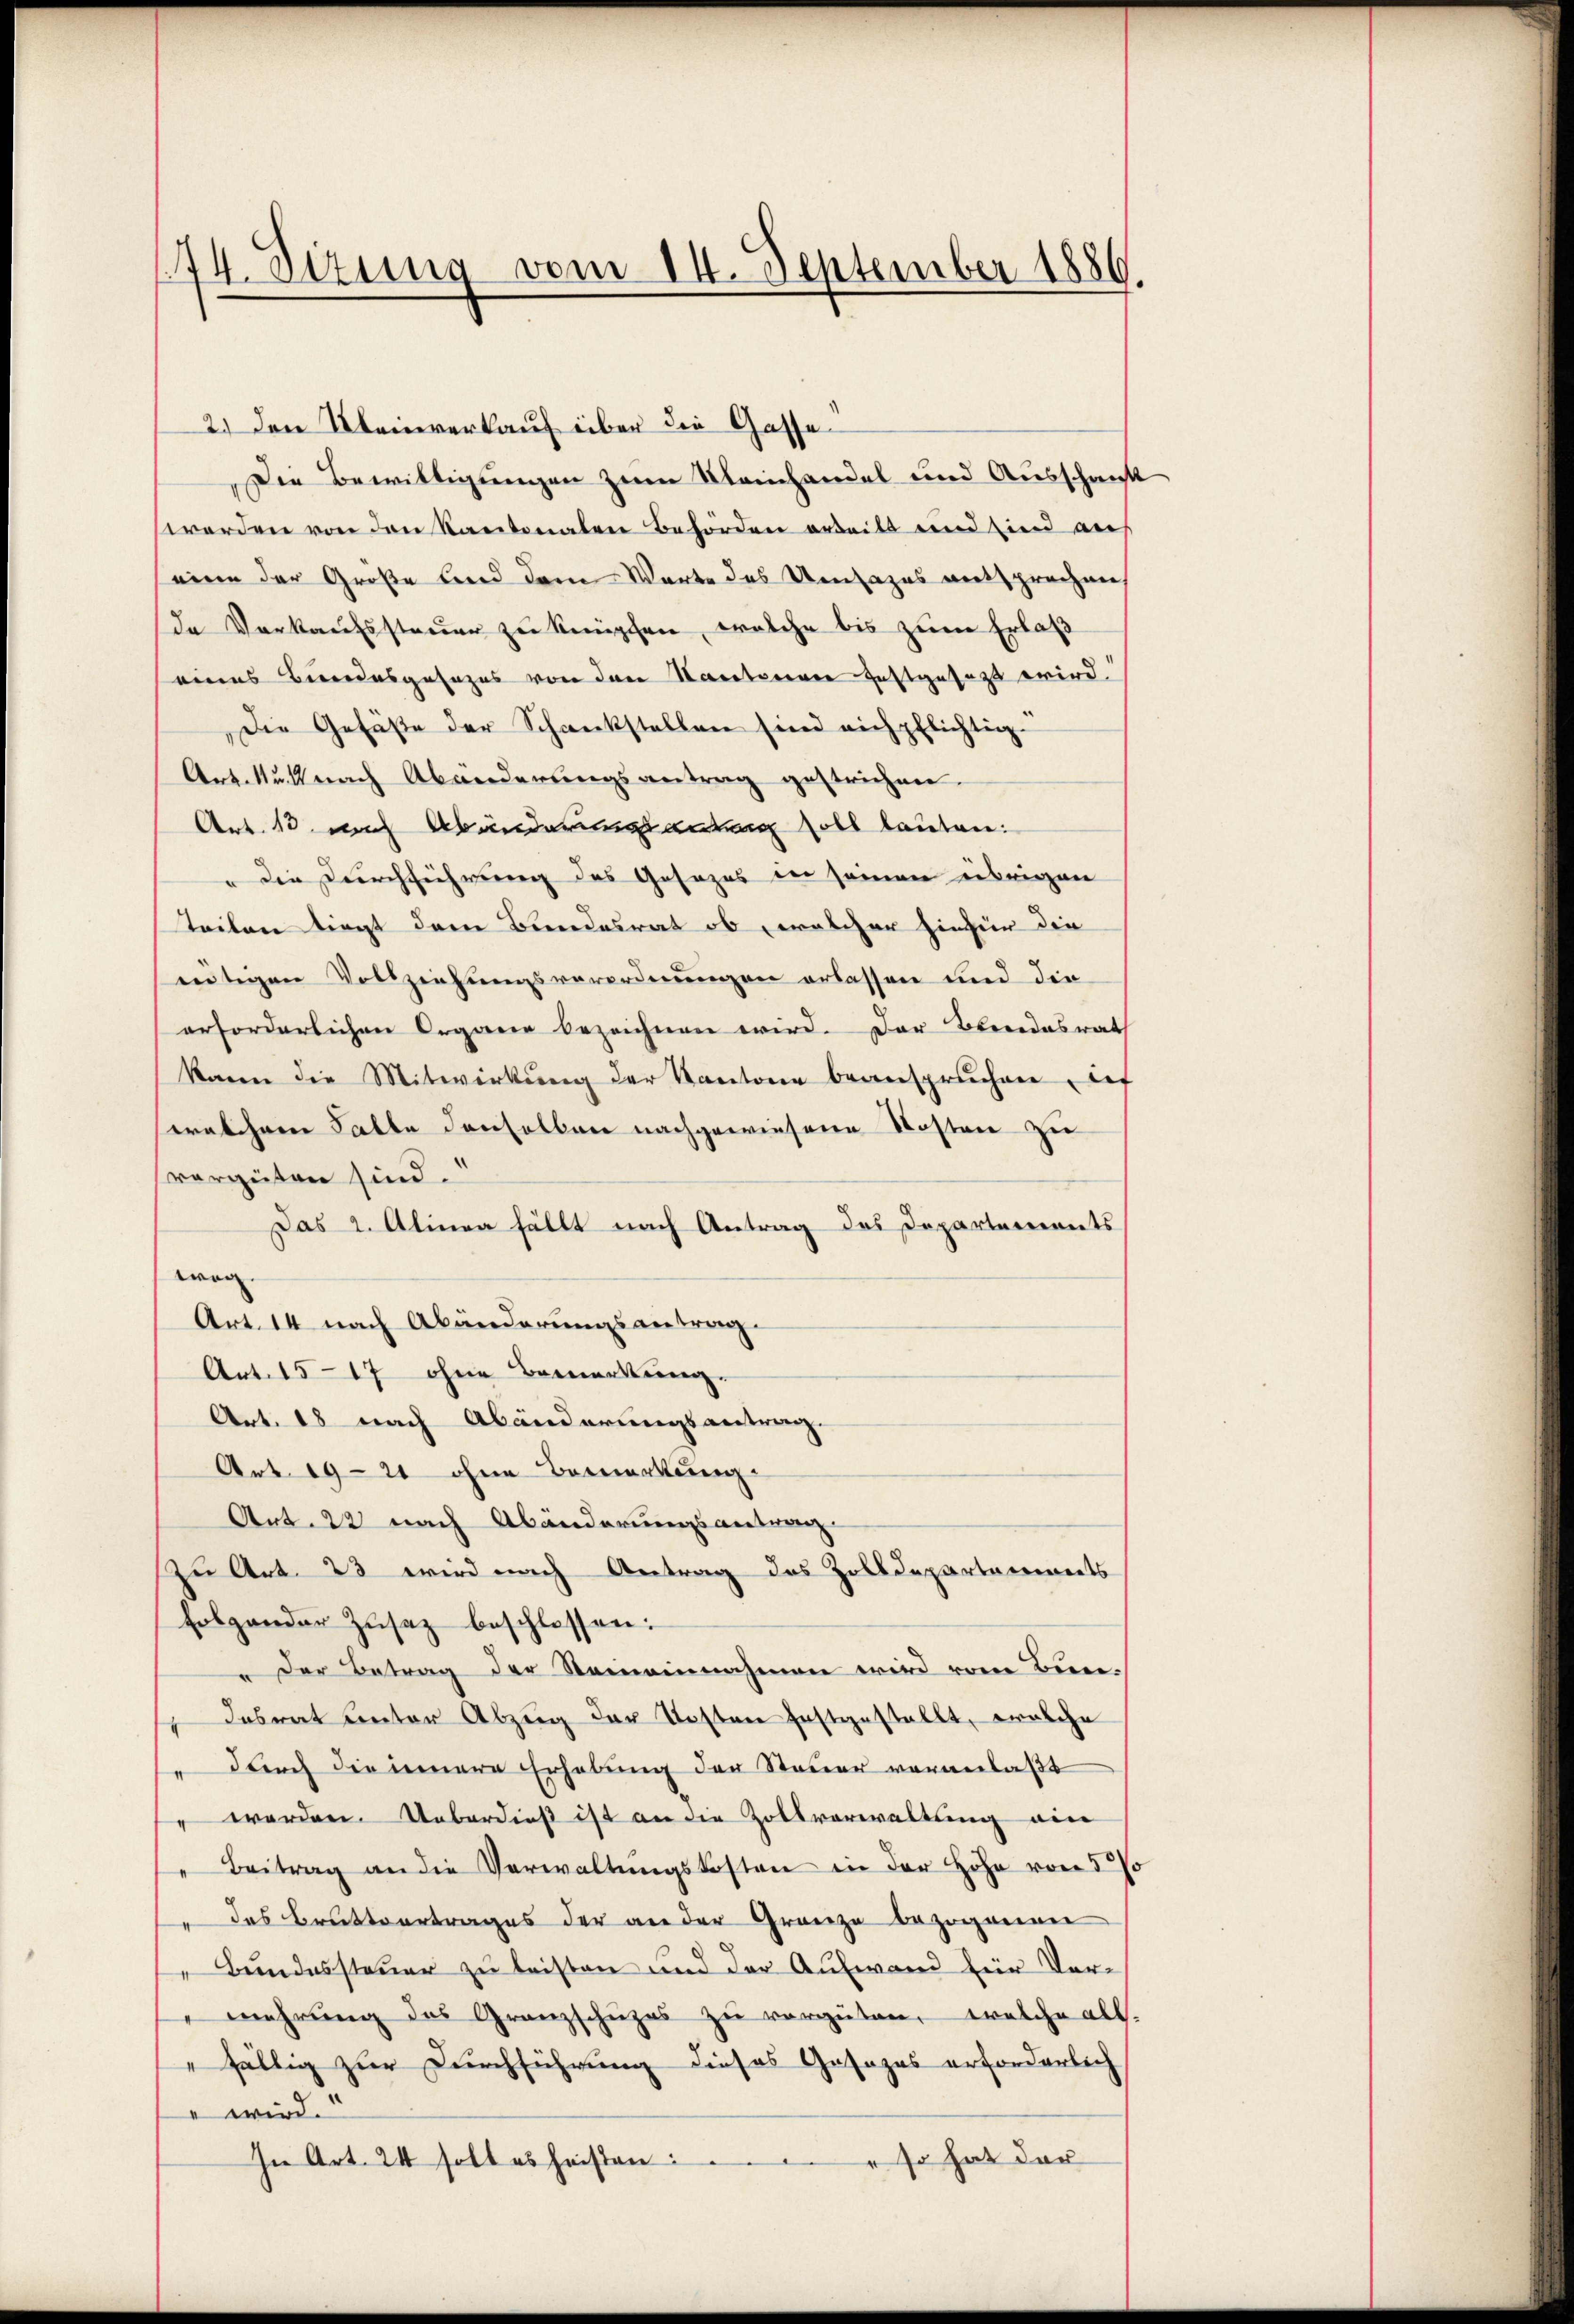
174. Sitzung vom 14. September 1886.

2.) Den Kleinverkauf über die Gasse
Die Bewilligungen zum Kleinhandel und Ausschaut
werden von den Kantonalen Behörden erteils und sind auf
eine der Große und dem Worte des Umsazes entsprechen
de Verkaufssteuer zu knüpfen, welche bis zum Erlaß
eines Bundesgesezes von den Sanatorenen festgesagt wird.
Die Gefäße der Schankstellen sind nich pflichtig
Art. Nul nach Abänderungsantrag gestrichen.
Art. 10. nach Abänderungsantrag soll lauten:
" die Durchführung des Gesezes in seinen übrigen
Teilen liegt dem Bundesrat ob, welcher hiefür die
eutigen Vollziehungsverordnungen erlassen und die
erforderlichen Organe bezeichnen wird. Der Beendesrath
kann die Mitwirkung der Kantone beanspruchen def
walchem Falle denselben nachgewiesene Kosten zu
vergüten sind.
Das 2. Alinea fällt nach Antrag des Departements
wog.
Art. 14 nach Abänderungsantrag
Art. 15-17 ohne Bemerkung.
Art. 18 nach Abänderungsantrag.
Art. 1924 ohne Bemerkung.
Art. 22 nach Abänderungsantrag
zu Art. 23 wird nach Antrag des Zolldepartaments
folgender Zŭsaz beschlossen:
" Der Betrag der Steineinnahmen wird vom Bun-
" desrat unter Abzug der Kosten festgestellt, welche
" durch die innere Erhebung der Steuer veranlaßt
worden. Ueberdieß ist an die Zollverwaltung ein
Beitrag an die Verwaltŭngskosten in der Höhe von 57.
das Brattvertrages der an der Granze bezogenen
Bundessteuer zu leisten und der Aufwand für Ver¬
" mehrŭng des Granzschüzes zŭ vergüten, welche all.
fällig zur Durchführung dieses Gesezes erforderlich
 wird.
" so hat der
In Art. 24 soll es heisten:
e

e